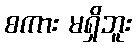
စကား မရှိဘူး